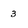
Character: 3